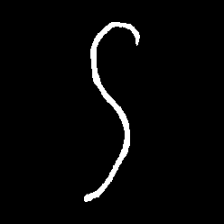
Pyu character \u2014 Myanmar letter: ဌ (romanized: ttha)